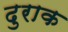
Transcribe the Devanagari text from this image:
दुराक